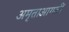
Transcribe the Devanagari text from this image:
अमृताआगळीं